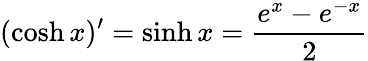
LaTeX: (\cosh x)^{\prime}=\sinh x={\frac{e^{x}-e^{-x}}{2}}